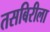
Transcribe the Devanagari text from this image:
तसबिरीला